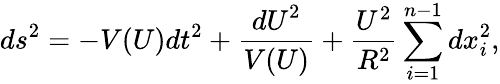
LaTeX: {ds}^{2}=-V(U){dt}^{2}+\frac{{dU}^{2}}{V(U)}+\frac{U^{2}}{R^{2}}\sum_{i=1}^{n-1}{dx}_{i}^{2},